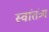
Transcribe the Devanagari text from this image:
स्वांतंत्र्य